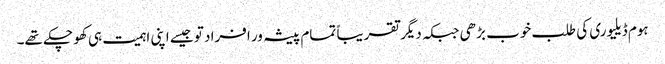
ہوم ڈیلیوری کی طلب خوب بڑھی جبکہ دیگر تقریباً تمام پیشہ ور افراد تو جیسے اپنی اہمیت ہی کھو چکے تھے۔